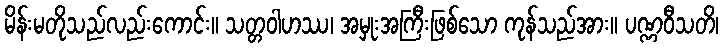
မိန်းမတိုသည်လည်းကောင်း။ သတ္တဝါဟဿ၊ အမှုးအကြီးဖြစ်သော ကုန်သည်အား။ ပဏ္ဏဝီသတိ၊